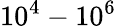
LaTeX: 10^{4}-10^{6}